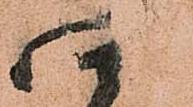
四